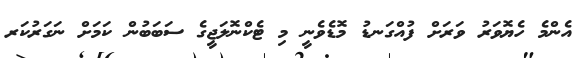
އެންމެ ހެޔޮވަރު ވަރަށް ފުއްގަނޑު މޮޑެވެނީ މި ޓެކްނޮލަޖީގެ ސަބަބުން ކަމަށް ނަގަރުކަރ